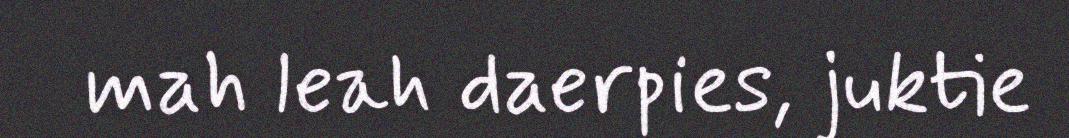
mah leah daerpies, juktie